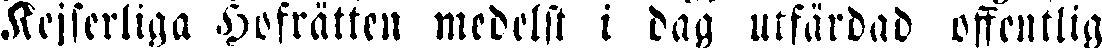
Kejserliga Hofrätten medelst i dag utfärdad offentlig